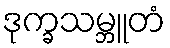
ဒုက္ခသမ္ဘူတံ